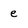
Character: e